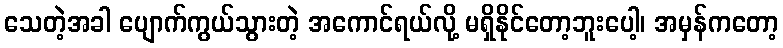
သေတဲ့အခါ ပျောက်ကွယ်သွားတဲ့ အကောင်ရယ်လို့ မရှိနိုင်တော့ဘူးပေါ့၊ အမှန်ကတော့